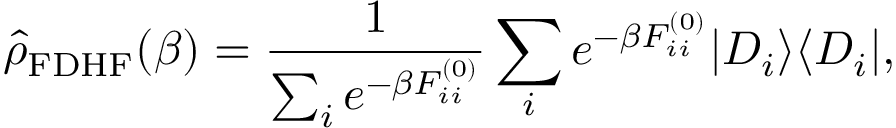
\hat { \rho } _ { \mathrm { F D H F } } ( \beta ) = \frac { 1 } { \sum _ { i } e ^ { - \beta F _ { i i } ^ { ( 0 ) } } } \sum _ { i } e ^ { - \beta F _ { i i } ^ { ( 0 ) } } | D _ { i } \rangle \langle D _ { i } | ,